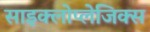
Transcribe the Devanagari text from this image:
साइक्लोप्लेजिक्स